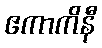
ဧကာကိနီ